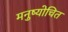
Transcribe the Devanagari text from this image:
मनुष्योचित